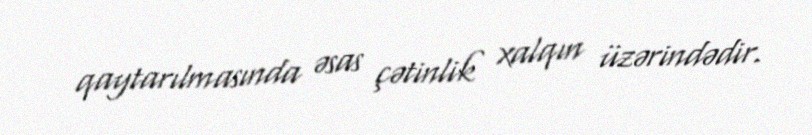
qaytarılmasında əsas çətinlik xalqın üzərindədir.